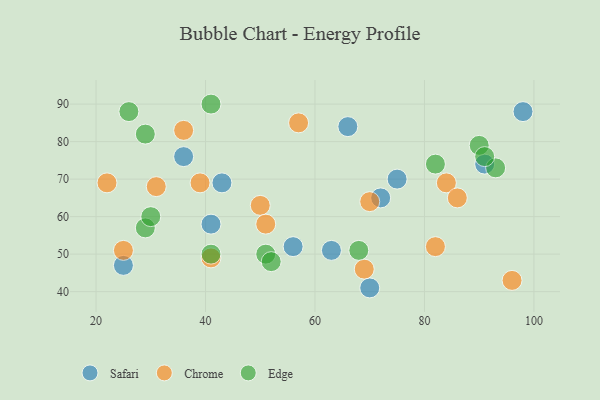
{"axis": {"x": "GDP", "y": "Life Expectancy"}, "legend": ["Chrome", "Edge", "Safari"], "data": [{"x": "91", "y": 74, "type": "Safari"}, {"x": "66", "y": 84, "type": "Safari"}, {"x": "25", "y": 47, "type": "Safari"}, {"x": "43", "y": 69, "type": "Safari"}, {"x": "72", "y": 65, "type": "Safari"}, {"x": "98", "y": 88, "type": "Safari"}, {"x": "63", "y": 51, "type": "Safari"}, {"x": "41", "y": 58, "type": "Safari"}, {"x": "75", "y": 70, "type": "Safari"}, {"x": "70", "y": 41, "type": "Safari"}, {"x": "36", "y": 76, "type": "Safari"}, {"x": "56", "y": 52, "type": "Safari"}, {"x": "70", "y": 64, "type": "Chrome"}, {"x": "69", "y": 46, "type": "Chrome"}, {"x": "25", "y": 51, "type": "Chrome"}, {"x": "50", "y": 63, "type": "Chrome"}, {"x": "84", "y": 69, "type": "Chrome"}, {"x": "57", "y": 85, "type": "Chrome"}, {"x": "39", "y": 69, "type": "Chrome"}, {"x": "31", "y": 68, "type": "Chrome"}, {"x": "96", "y": 43, "type": "Chrome"}, {"x": "36", "y": 83, "type": "Chrome"}, {"x": "41", "y": 49, "type": "Chrome"}, {"x": "86", "y": 65, "type": "Chrome"}, {"x": "51", "y": 58, "type": "Chrome"}, {"x": "22", "y": 69, "type": "Chrome"}, {"x": "82", "y": 52, "type": "Chrome"}, {"x": "82", "y": 74, "type": "Edge"}, {"x": "26", "y": 88, "type": "Edge"}, {"x": "90", "y": 79, "type": "Edge"}, {"x": "29", "y": 57, "type": "Edge"}, {"x": "41", "y": 50, "type": "Edge"}, {"x": "51", "y": 50, "type": "Edge"}, {"x": "93", "y": 73, "type": "Edge"}, {"x": "68", "y": 51, "type": "Edge"}, {"x": "41", "y": 90, "type": "Edge"}, {"x": "29", "y": 82, "type": "Edge"}, {"x": "91", "y": 76, "type": "Edge"}, {"x": "30", "y": 60, "type": "Edge"}, {"x": "52", "y": 48, "type": "Edge"}]}